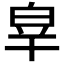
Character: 𤽮